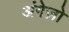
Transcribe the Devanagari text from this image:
अंगेज़ो